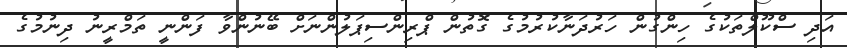
އަދި ސްކޫލްތަކުގެ ހިންގުން ހަރުދަނާކުރުމުގެ ގޮތުން ޕްރިންސިޕަލުންނަަށް ބޭނުންވާ ފަންނީ ތަމްރީނު ދިނުމުގެ